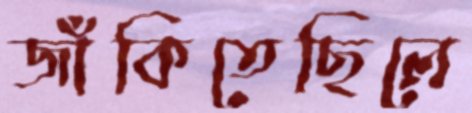
জাঁকিতেছিলে